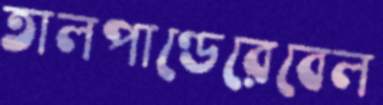
তালপাণ্ডেরেবেল